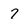
Character: 7